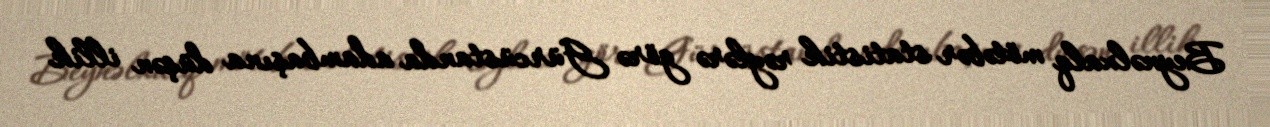
Beynəlxalq mötəbər statistik rəylərə görə Gürcüstanda adambaşına düşən illik